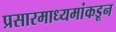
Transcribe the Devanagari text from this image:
प्रसारमाध्यमांकडून